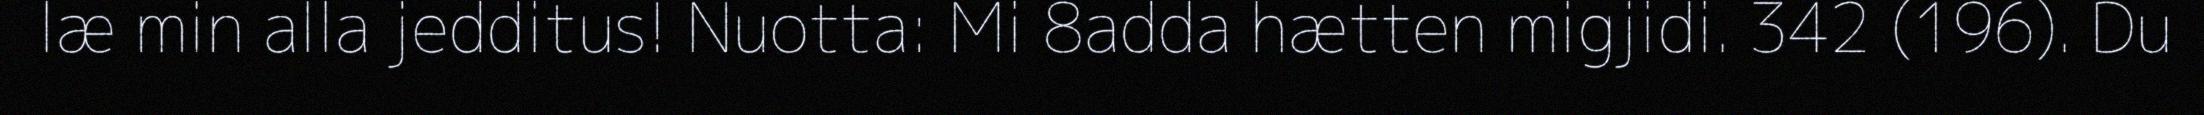
læ min alla jedditus! Nuotta: Mi 8adda hætten migjidi. 342 (196). Du